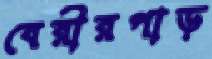
বেরীরপাড়